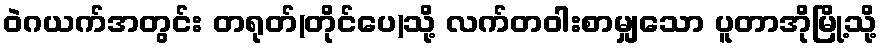
ဝဲဂယက်အတွင်း တရုတ်(တိုင်ပေ)သို့ လက်တဝါးစာမျှသော ပူတာအိုမြို့သို့